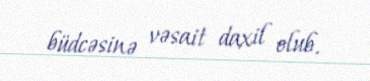
büdcəsinə vəsait daxil olub.